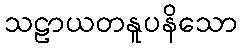
သဠာယတနူပနိသော